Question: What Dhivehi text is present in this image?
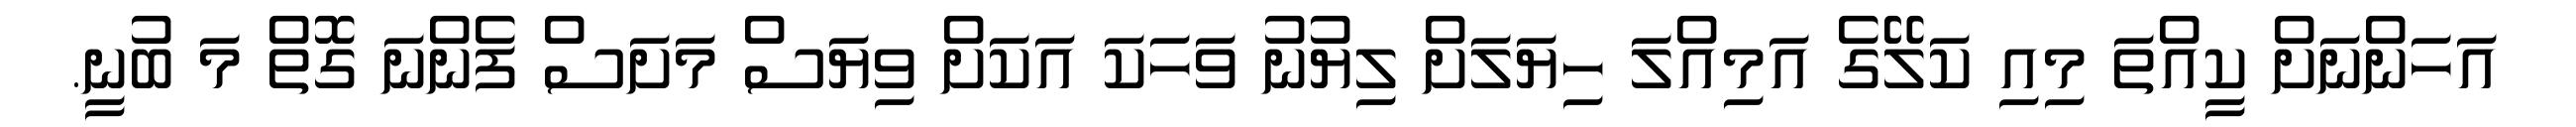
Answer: އަހަންނަށް ކީއްތަ މިއި ކަލޭގެ އަމިއްލަ ހިޔަލަށް ލިޔުނު ވަހަކަ އަކަށް ވިޔަސް މަށަސް ފެންނަ ގޮތް މަ ބުނީ.